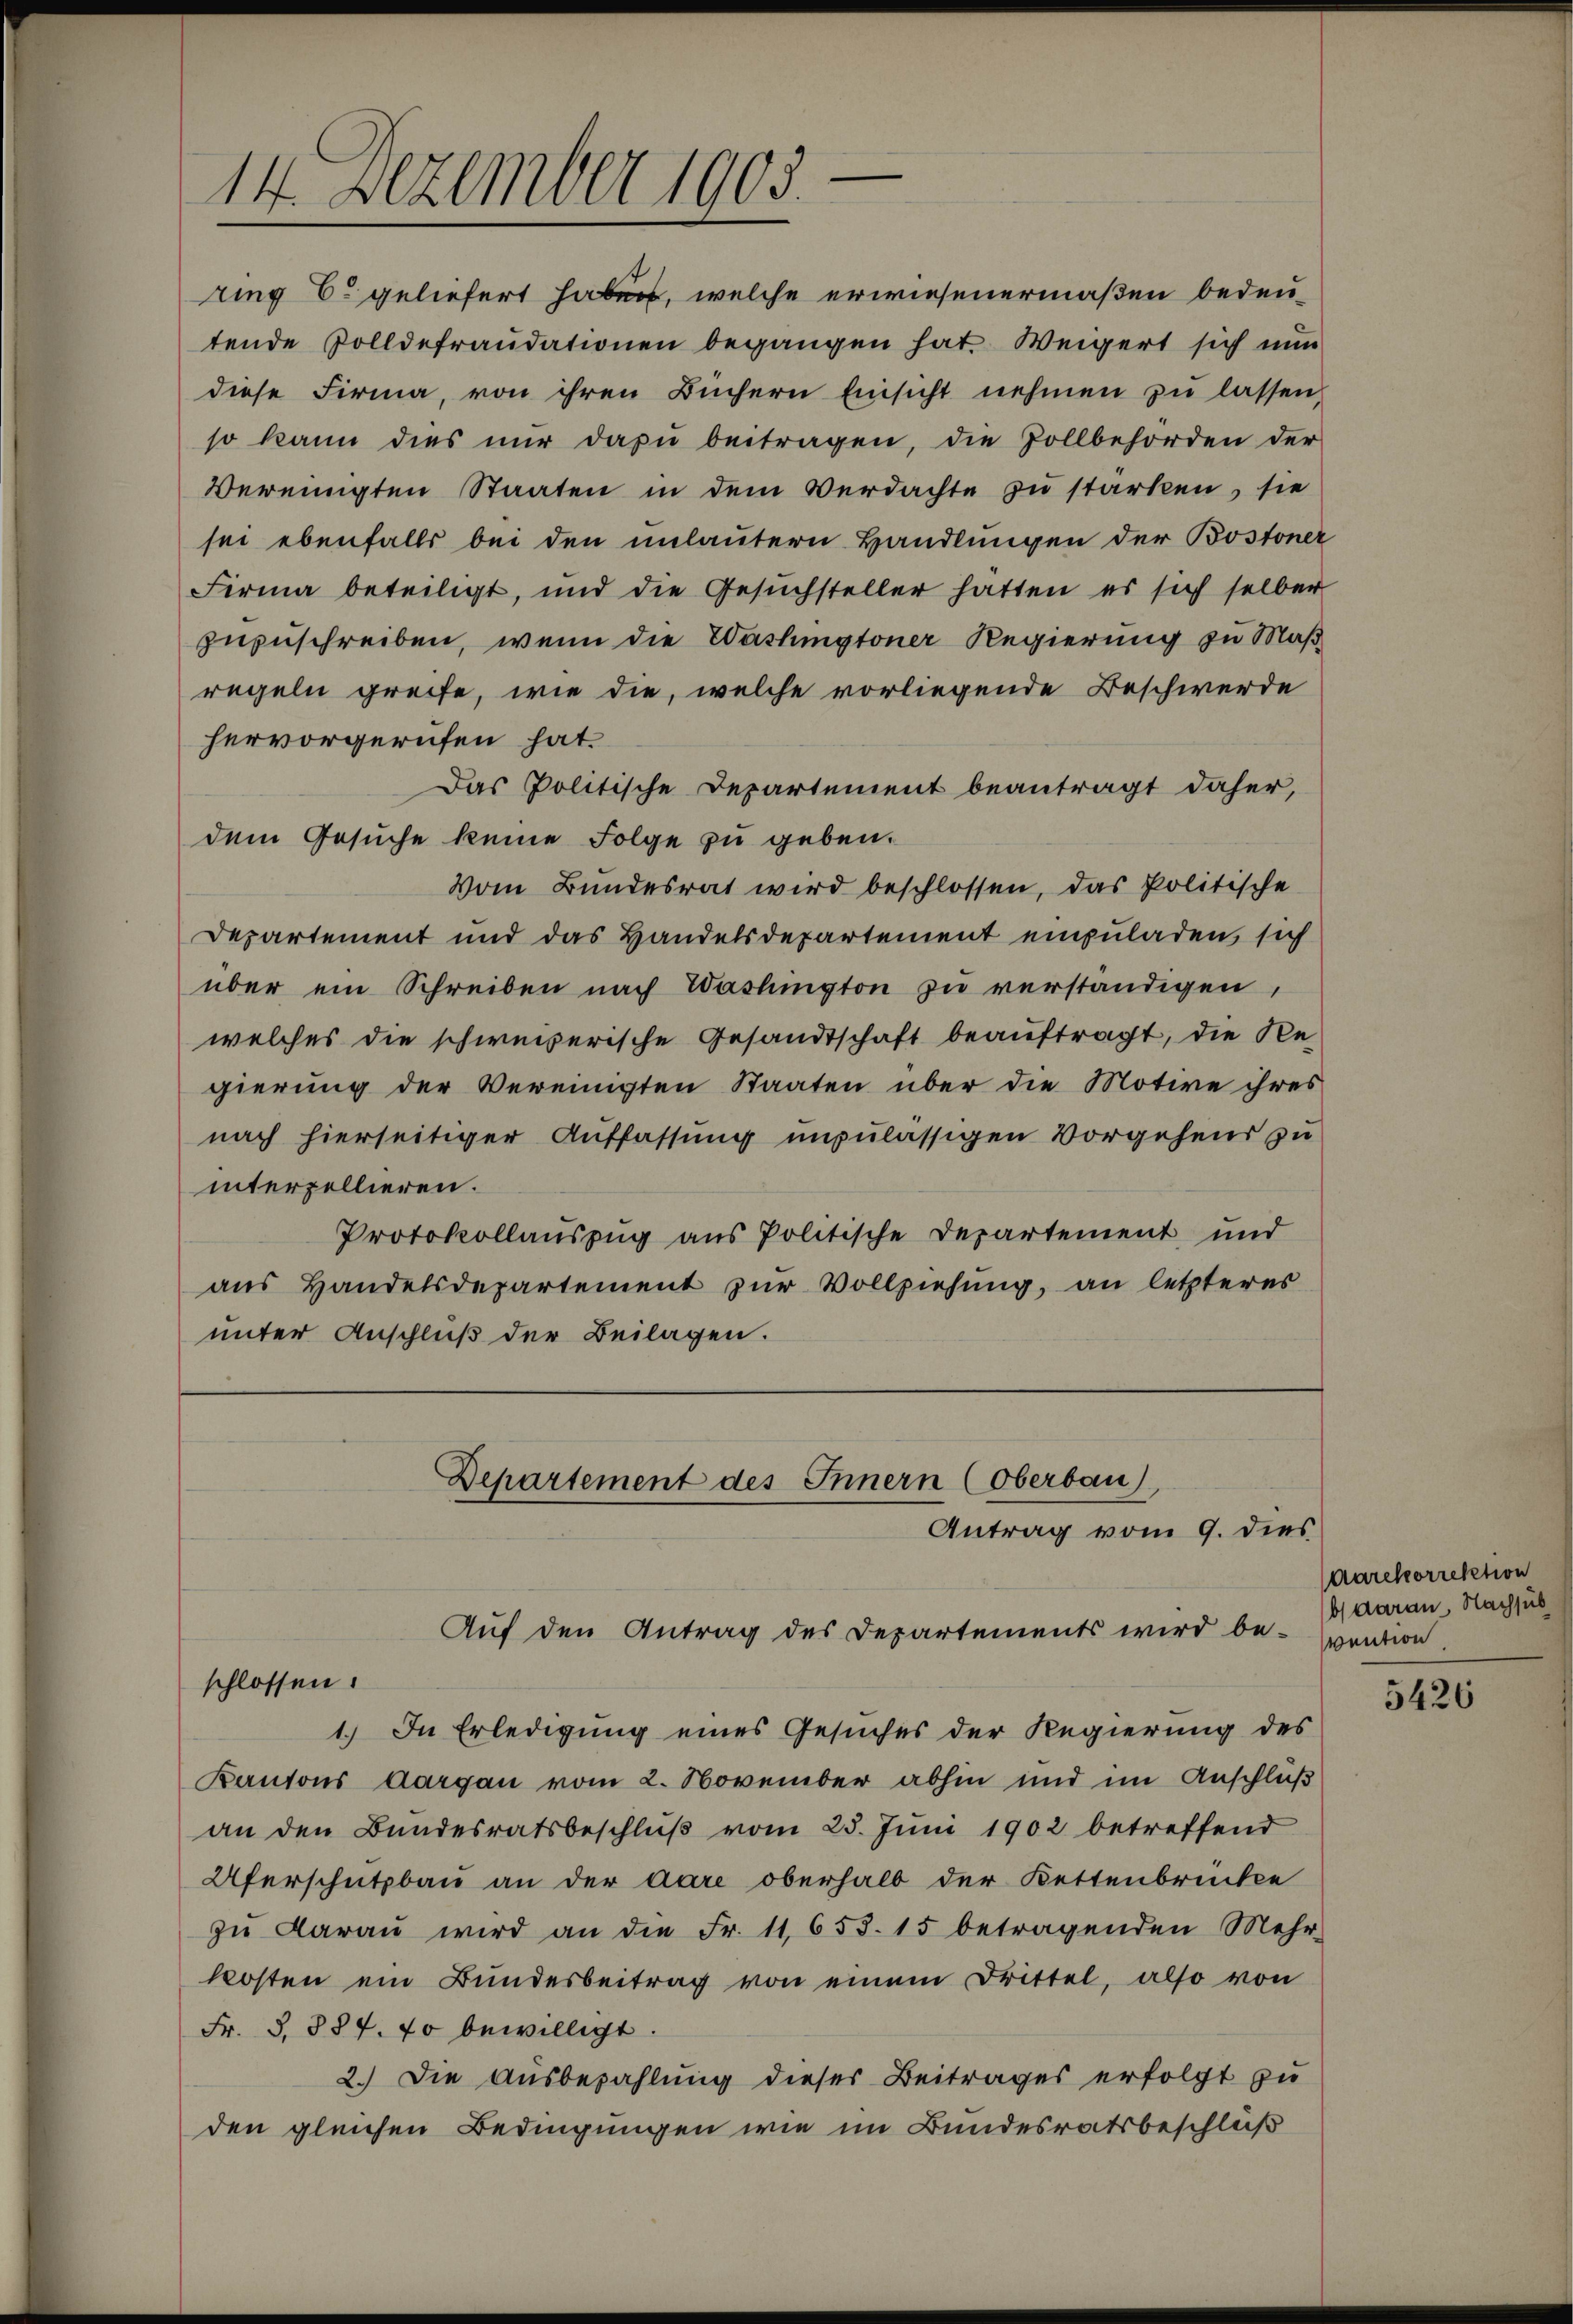
14. Dezember 1905.

Departement des Innern (Oberbau)
Antrag vom 9. dies
Auf den Antrag des Departements wird be-

ring C. geliefert haben, welche erwiesenermaßen bedeutende Zolldefraudationen begangen hat. Weigert sich nun
diese Firma, von ihren Büchern Einsicht nehmen zŭ lassen,
so kann dies nŭr dazu beitragen, die Zollbehörden der
Vereinigten Staaten in dem Verdachte zu starken, sie
sei ebenfalls bei den unlautern Handlungen der Bostoner
Firma beteiligt, und die Gesŭchsteller hätten es sich selber
zuzuschreiben, wenn die Washingtoner Regierung zu Maß
regeln greife, wie die, welche vorliegende Beschwerde
hervorgerufen hat.
Das Politische Departement beantragt daher,
dem Gesuche keine Folge zu geben.
Vom Bundesrat wird beschlossen, das Politische
Departement und das Handelsdepartement einzuladen, sich
über ein Schreiben nach Washington zu verständigen,
welches die schweizerische Gesandtschaft beauftragt, die Regierung der Vereinigten Staaten über die Motive ihres
nach hierseitiger Auffassung unzulässigen Vorgehens zu
interpellieren.
Protokollauszug aus Politische Departement und
aus Handelsdepartement zur Vollziehung, an letzteres
unter Anschluß der Beilagen.

schlossen.
1.) In Erledigung eines Gesuches der Regierung des
Kantons Aargau vom 2. November abhin und im Anschluß
an den Bundesratsbeschlŭβ vom 25. Juni 1902 betreffend
Uferschutzbau an der dare oberhalb der Kettenbrücke
zŭ darau wird an die Fr. 11,653. 15 betragenden Mehr-
kosten ein Bundesbeitrag von einem Drittel, also von
Fr. S. 887. 70 bewilligt
2.) Die Ausbezahlung dieses Beitrages erfolgt zu
den gleichen Bedingungen wie im Bundesratsbeschluß

Aarekorrektion
b) daran, Nachsub
vention

5426